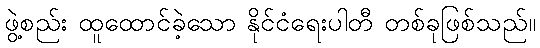
ဖွဲ့စည်း ထူထောင်ခဲ့သော နိုင်ငံရေးပါတီ တစ်ခုဖြစ်သည်။